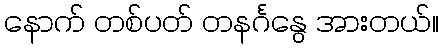
နောက် တစ်ပတ် တနင်္ဂနွေ အားတယ်။